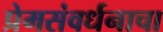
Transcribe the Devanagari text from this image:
प्रेमसंवर्धनाचा